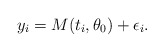
\begin{align*}y_i=M(t_i,\theta_0)+\epsilon_i.\end{align*}